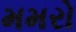
મમરો